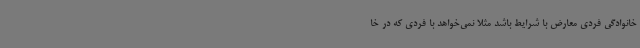
خانوادگی فردی معارض با شرایط باشد مثلا نمی‌خواهد با فردی که در خا